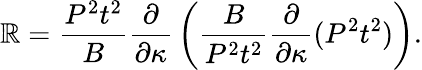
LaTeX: \mathbb{R}={\frac{{P^{2}t^{2}}}{{B}}}{\frac{{\partial}}{{\partial\kappa}}}\left({\frac{{B}}{{P^{2}t^{2}}}}{\frac{{\partial}}{{\partial\kappa}}}(P^{2}t^{2})\right).